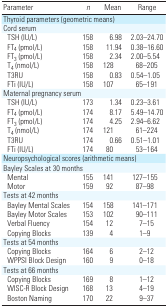
<table><thead><tr><td><b>Parameter</b></td><td><b><i>n</i></b></td><td><b>Mean</b></td><td><b>Range</b></td></tr></thead><tbody><tr><td colspan="7">Thyroid parameters (geometric means)</td></tr><tr><td>Cord serum</td><td></td><td></td><td></td><td></td><td></td><td></td></tr><tr><td>TSH (IU/L)</td><td></td><td>158</td><td></td><td>6.98</td><td></td><td>2.03–24.70</td></tr><tr><td>FT<sub>4</sub> (pmol/L)</td><td></td><td>158</td><td></td><td>11.94</td><td></td><td>0.38–16.60</td></tr><tr><td>FT<sub>3</sub> (pmol/L)</td><td></td><td>158</td><td></td><td>2.34</td><td></td><td>2.00–5.54</td></tr><tr><td>T<sub>4</sub> (nmol/L)</td><td></td><td>158</td><td></td><td>128</td><td></td><td>68–205</td></tr><tr><td>T3RU</td><td></td><td>158</td><td></td><td>0.83</td><td></td><td>0.54–1.05</td></tr><tr><td>FTi (IU/L)</td><td></td><td>158</td><td></td><td>107</td><td></td><td>65–191</td></tr><tr><td colspan="7">Maternal pregnancy serum</td></tr><tr><td>TSH (IU/L)</td><td></td><td>173</td><td></td><td>1.34</td><td></td><td>0.23–3.61</td></tr><tr><td>FT<sub>4</sub> (pmol/L)</td><td></td><td>174</td><td></td><td>8.17</td><td></td><td>5.49–14.70</td></tr><tr><td>FT<sub>3</sub> (pmol/L)</td><td></td><td>174</td><td></td><td>4.25</td><td></td><td>2.94–6.62</td></tr><tr><td>T<sub>4</sub> (nmol/L)</td><td></td><td>174</td><td></td><td>121</td><td></td><td>61–224</td></tr><tr><td>T3RU</td><td></td><td>174</td><td></td><td>0.66</td><td></td><td>0.51–1.01</td></tr><tr><td>FTi (IU/L)</td><td></td><td>174</td><td></td><td>80</td><td></td><td>53–164</td></tr><tr><td colspan="7">Neuropsychological scores (arithmetic means)</td></tr><tr><td colspan="7">Bayley Scales at 30 months</td></tr><tr><td>Mental</td><td></td><td>155</td><td></td><td>141</td><td></td><td>127–155</td></tr><tr><td>Motor</td><td></td><td>159</td><td></td><td>92</td><td></td><td>87–98</td></tr><tr><td>Tests at 42 months</td><td></td><td></td><td></td><td></td><td></td><td></td></tr><tr><td>Bayley Mental Scales</td><td></td><td>154</td><td></td><td>158</td><td></td><td>141–171</td></tr><tr><td>Bayley Motor Scales</td><td></td><td>153</td><td></td><td>102</td><td></td><td>90–111</td></tr><tr><td>Verbal Fluency</td><td></td><td>154</td><td></td><td>12</td><td></td><td>7–15</td></tr><tr><td>Copying Blocks</td><td></td><td>139</td><td></td><td>4</td><td></td><td>1–9</td></tr><tr><td>Tests at 54 months</td><td></td><td></td><td></td><td></td><td></td><td></td></tr><tr><td>Copying Blocks</td><td></td><td>164</td><td></td><td>6</td><td></td><td>2–12</td></tr><tr><td>WPPSI Block Design</td><td></td><td>160</td><td></td><td>9</td><td></td><td>0–18</td></tr><tr><td>Tests at 66 months</td><td></td><td></td><td></td><td></td><td></td><td></td></tr><tr><td>Copying Blocks</td><td></td><td>169</td><td></td><td>8</td><td></td><td>1–12</td></tr><tr><td>WISC-R Block Design</td><td></td><td>168</td><td></td><td>13</td><td></td><td>4–19</td></tr><tr><td>Boston Naming</td><td></td><td>170</td><td></td><td>22</td><td></td><td>9–37</td></tr></tbody></table>